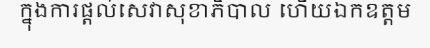
ក្នុងការផ្តល់សេវាសុខាភិបាល ហើយឯកឧត្តម